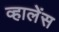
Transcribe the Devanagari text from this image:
व्हालेंस